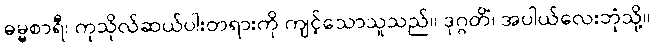
ဓမ္မစာရီ၊ ကုသိုလ်ဆယ်ပါးတရားကို ကျင့်သောသူသည်။ ဒုဂ္ဂတိံ၊ အပါယ်လေးဘုံသို့။